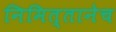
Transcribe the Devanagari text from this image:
निमित्तानेच